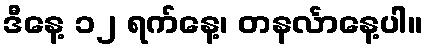
ဒီနေ့ ၁၂ ရက်နေ့၊ တနင်္လာနေ့ပါ။